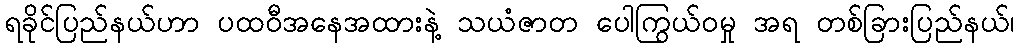
ရခိုင်ပြည်နယ်ဟာ ပထဝီအနေအထားနဲ့ သယံဇာတ ပေါကြွယ်ဝမှု အရ တစ်ခြားပြည်နယ်၊